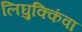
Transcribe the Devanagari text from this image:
लिघुक्किंवा